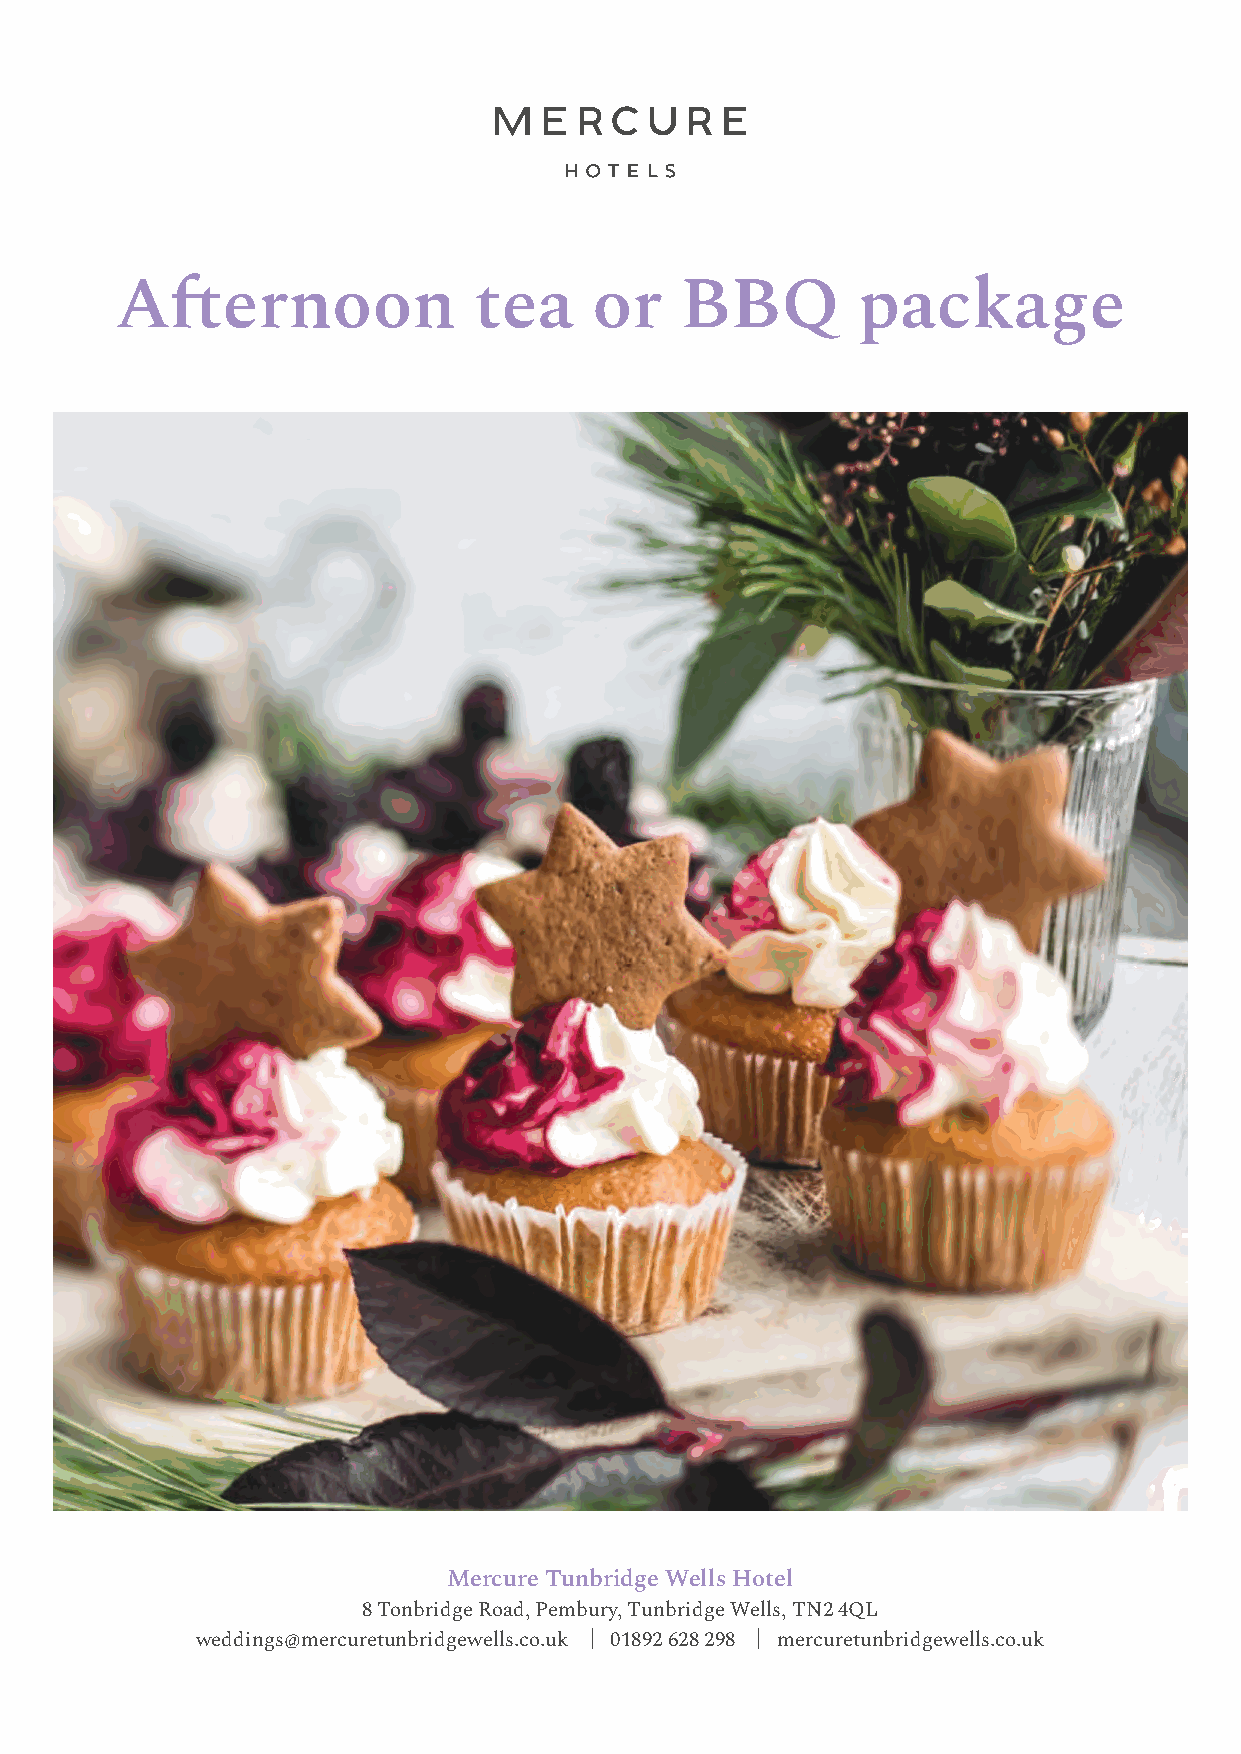
A昀ernoon               tea     or    BBQ         package
 Mercure Tunbridge Wells Hotel
 8 Tonbridge Road, Pembury, Tunbridge Wells, TN2 4QL
 weddings@mercuretunbridgewells.co.uk | 01892 628 298 | mercuretunbridgewells.co.uk